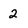
Character: 2